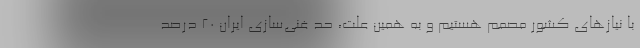
با نیازهای کشور مصمم هستیم و به همین علت، حد غنی‌سازی ایران ۲۰ درصد